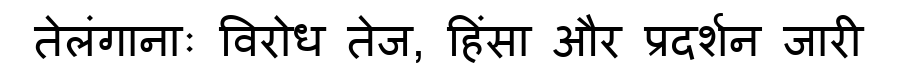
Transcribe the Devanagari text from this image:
तेलंगानाः विरोध तेज, हिंसा और प्रदर्शन जारी